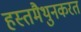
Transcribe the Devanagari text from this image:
हस्तमैथुनकरत